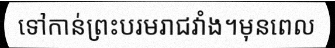
ទៅកាន់ព្រះបរមរាជវាំង។មុនពេល